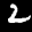
Label: 2